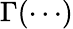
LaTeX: \Gamma(\cdots)